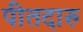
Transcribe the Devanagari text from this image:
पीतदारु